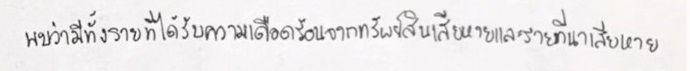
พบว่ามีทั้งรายที่ได้รับความเดือดร้อนจากทรัพย์สินเสียหายและรายที่ไร่นาเสียหาย